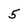
Character: 5